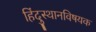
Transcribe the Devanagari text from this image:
हिंदुस्थानविषयक